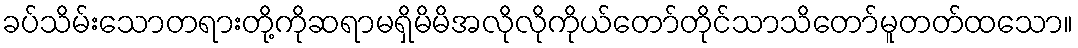
ခပ်သိမ်းသောတရားတို့ကိုဆရာမရှိမိမိအလိုလိုကိုယ်တော်တိုင်သာသိတော်မူတတ်ထသော။